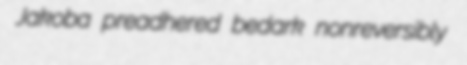
Jakoba preadhered bedark nonreversibly